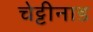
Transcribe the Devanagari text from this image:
चेट्टीनाड